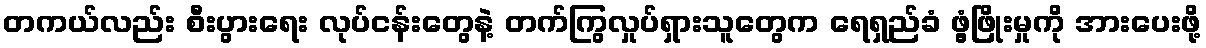
တကယ်လည်း စီးပွားရေး လုပ်ငန်းတွေနဲ့ တက်ကြွလှုပ်ရှားသူတွေက ရေရှည်ခံ ဖွံ့ဖြိုးမှုကို အားပေးဖို့